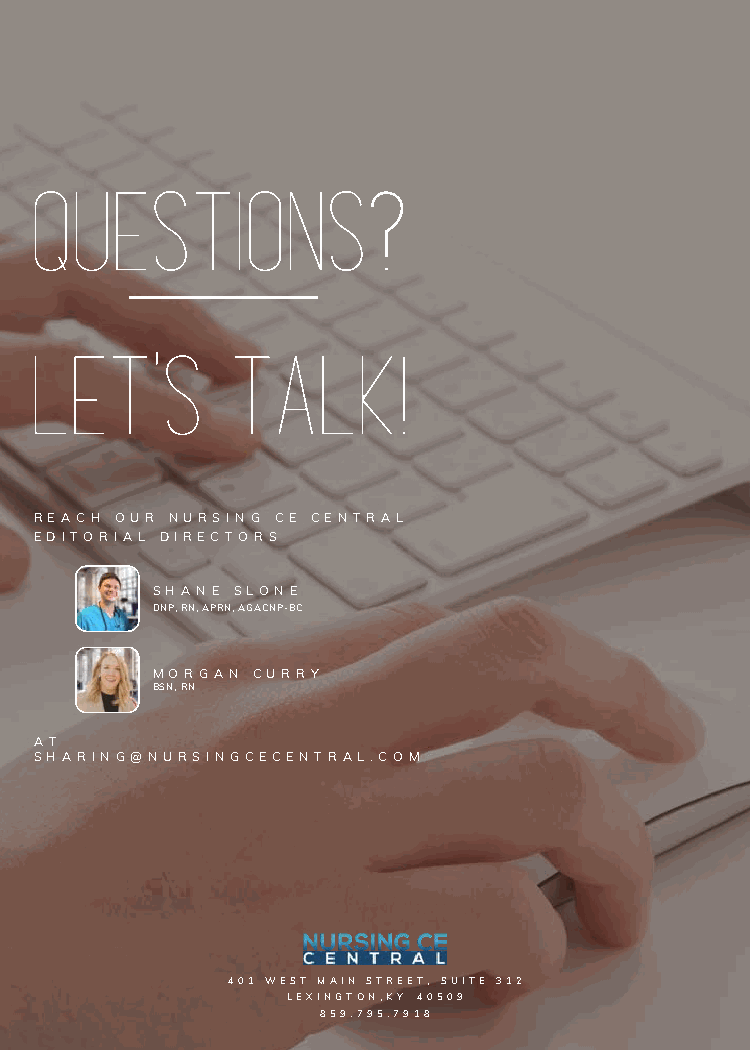
QUESTIONS?
 LET'S        TALK!
 R E A C H O U R N U R S I N G C E C E N T R A L
 E D I T O R I A L D I R E C T O R S
 S H A N E S L O N E
 DNP, RN, APRN, AGACNP-BC
 M O R G A N C U R R Y
 BSN, RN
 A T
 S H A R I N G @ N U R S I N G C E C E N T R A L . C O M
 4 0 1 W E S T M A I N S T R E E T , S U I T E 3 1 2
 L E X I N G T O N , K Y 4 0 5 0 9
 8 5 9 . 7 9 5 . 7 9 1 8